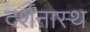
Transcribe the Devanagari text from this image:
दर्शनास्थ